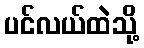
ပင်လယ်ထဲသို့